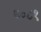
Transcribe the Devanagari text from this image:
६०८१